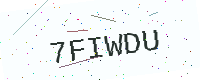
Text: 7FIWDU